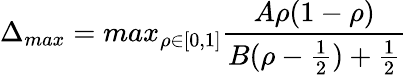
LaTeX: \Delta_{max}=max_{\rho\in[0,1]}\frac{A\rho(1-\rho)}{B(\rho-\frac{1}{2})+\frac{1}{2}}